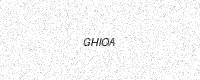
Text: GHIOA